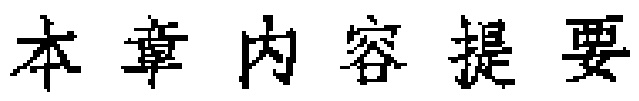
本章内容提要